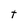
Character: t